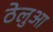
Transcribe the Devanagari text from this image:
ठेलुआ